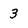
Character: 3